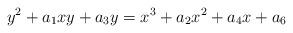
LaTeX: \begin{align*}y^2+a_{1}xy+a_{3}y=x^3+a_{2}x^2+a_{4}x+a_{6}\end{align*}